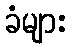
ခံများ